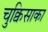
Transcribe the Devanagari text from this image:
चुक्विसाका